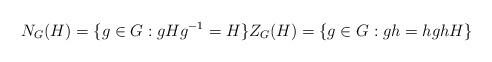
LaTeX: \begin{align*}N_G(H)=\{g\in G:gHg^{-1}= H\}Z_G(H)=\{g\in G:gh=hghH\}\end{align*}